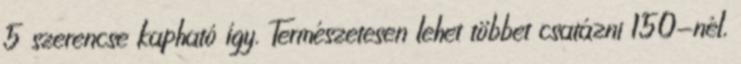
5 szerencse kapható így. Természetesen lehet többet csatázni 150-nél,